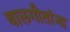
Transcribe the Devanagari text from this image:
बालगीतांना